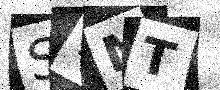
Text: S7NT